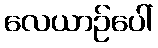
လေယာဉ်ပေါ်